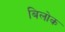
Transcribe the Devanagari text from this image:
बिलोक